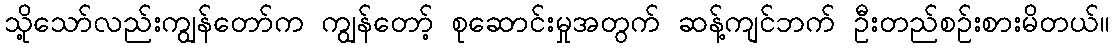
သို့သော်လည်းကျွန်တော်က ကျွန်တော့် စုဆောင်းမှုအတွက် ဆန့်ကျင်ဘက် ဦးတည်စဉ်းစားမိတယ်။